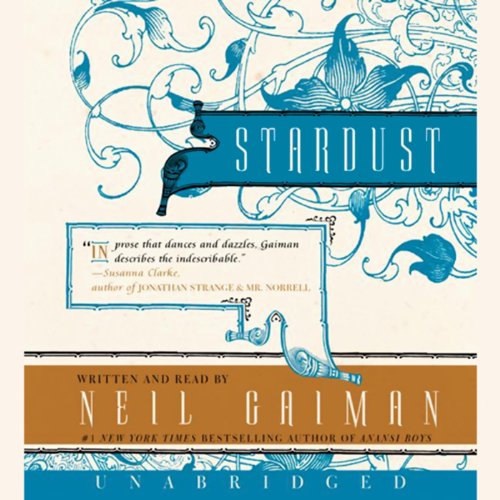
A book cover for Stardust; Neil Gaiman; Literature & Fiction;